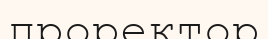
проректор